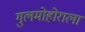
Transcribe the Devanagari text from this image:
गुलमोहोराला